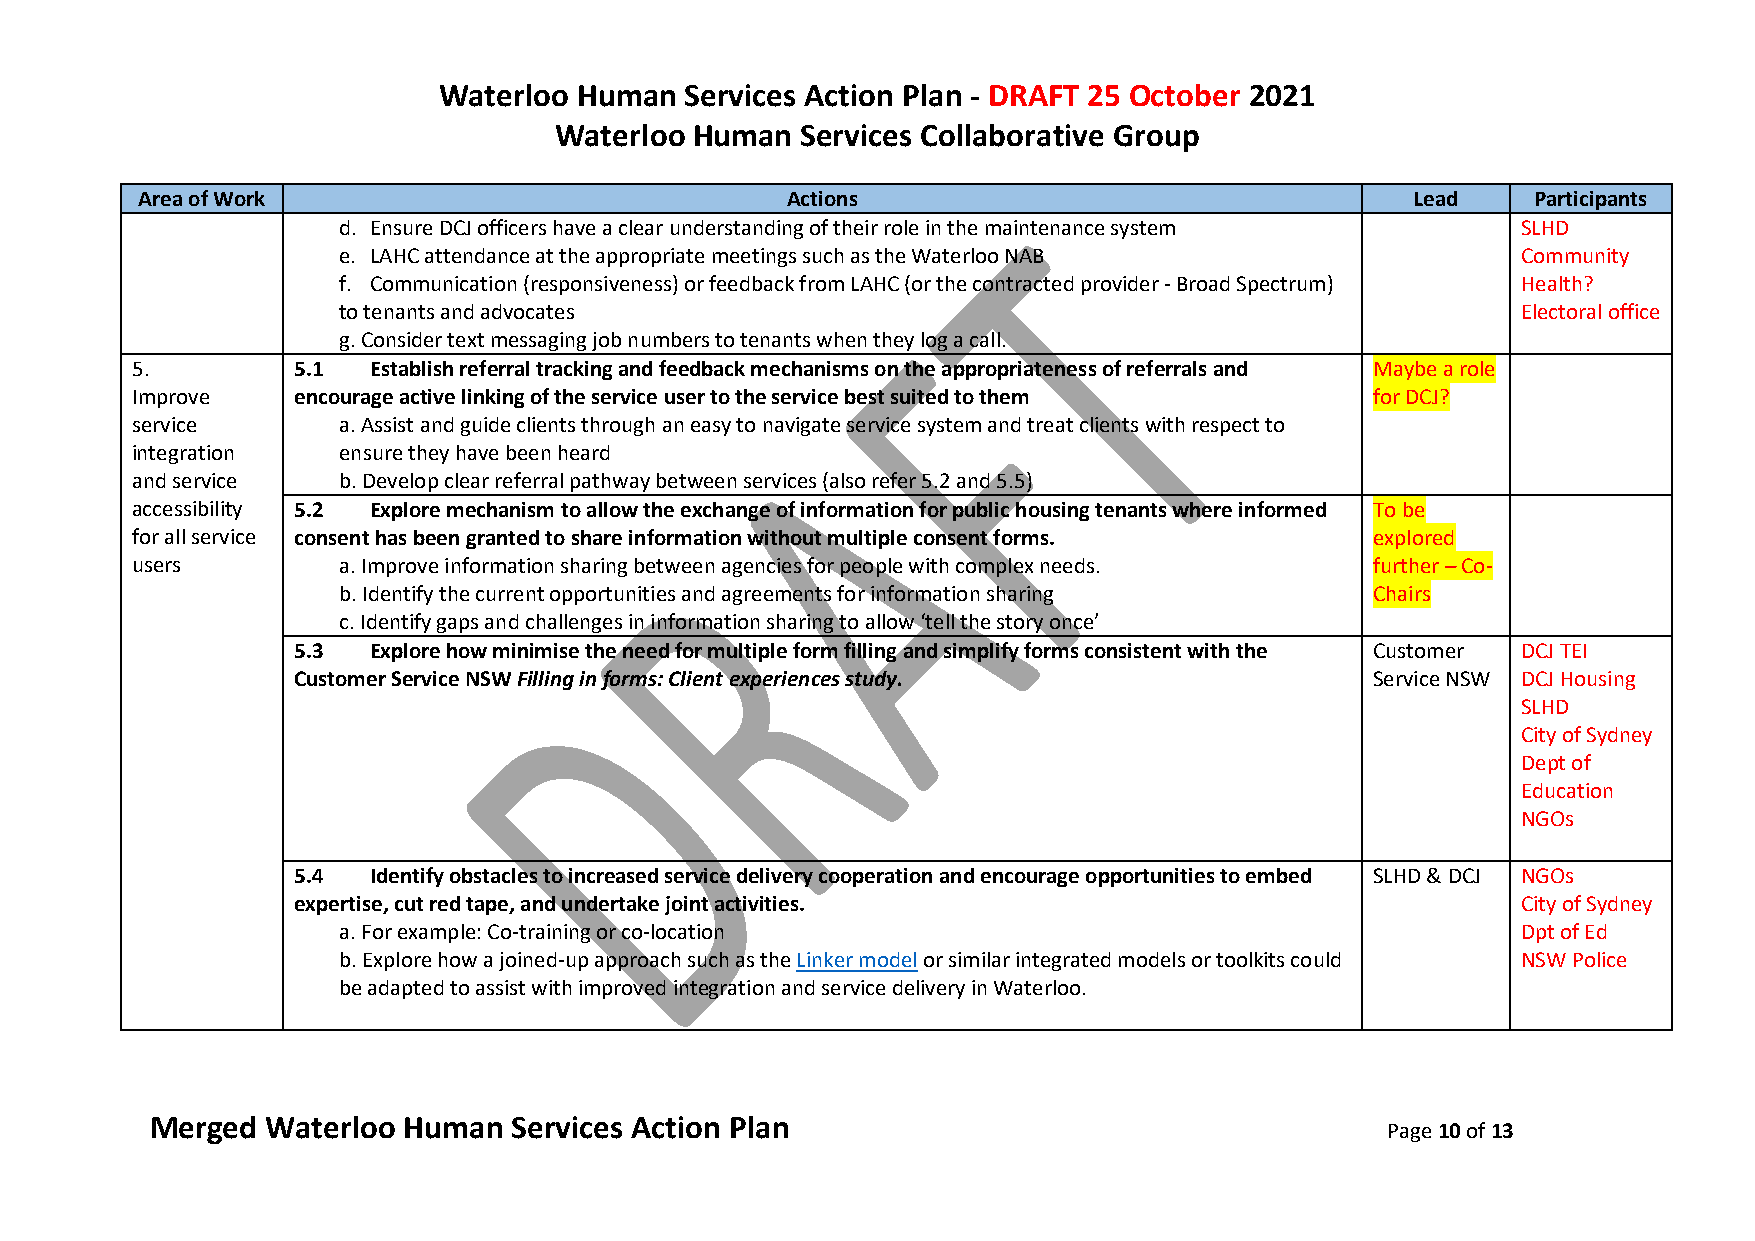
Waterloo Human  Services Action Plan - DRAFT 25 October 2021
 Waterloo Human  Services Collaborative Group
 Area of Work                               Actions                                   Lead   Participants
 d. Ensure DCJ officers have a clear understanding of their role in the maintenance system SLHD
 e. LAHC attendance at the appropriate meetings such as the Waterloo NAB        Community
 f. Communication (responsiveness) or feedback from LAHC (or the contracted provider - Broad Spectrum) Health?
 to tenants and advocates                                                       Electoral office
 g. Consider text messaging job numbers to tenants when they log a call.
 5.        5.1  Establish referral tracking and feedback mechanisms on the appropriateness of referrals and Maybe a role
 Improve   encourage active linking of the service user to the service best suited to them for DCJ?
 service      a. Assist and guide clients through an easy to navigate service system and treat clients with respect to
 integration  ensure they have been heard
 and service  b. Develop clear referral pathway between services (also refer 5.2 and 5.5)
 accessibility 5.2 Explore mechanism to allow the exchange of information for public housing tenants where informed To be
 for all service consent has been granted to share information without multiple consent forms. explored
 users        a. Improve information sharing between agencies for people with complex needs. further – Co-
 b. Identify the current opportunities and agreements for information sharing Chairs
 c. Identify gaps and challenges in information sharing to allow ‘tell the story once’
 5.3  Explore how minimise the need for multiple form filling and simplify forms consistent with the Customer DCJ TEI
 Customer Service NSW Filling in forms: Client experiences study.        Service NSW DCJ Housing
 SLHD
 City of Sydney
 Dept of
 Education
 NGOs
 5.4  Identify obstacles to increased service delivery cooperation and encourage opportunities to embed SLHD & DCJ NGOs
 expertise, cut red tape, and undertake joint activities.                          City of Sydney
 a. For example: Co-training or co-location                                     Dpt of Ed
 b. Explore how a joined-up approach such as the Linker model or similar integrated models or toolkits could NSW Police
 be adapted to assist with improved integration and service delivery in Waterloo.
 Merged  Waterloo Human  Services Action Plan
 Page 10 of 13